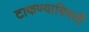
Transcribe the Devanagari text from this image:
टाकण्याविषयीं